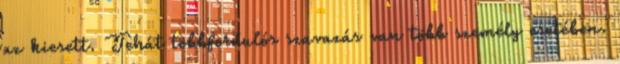
az kiesett. Tehát többfordulós szavazás van több személy esetében.